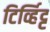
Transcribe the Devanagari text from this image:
टिर्व्हिट्ट